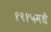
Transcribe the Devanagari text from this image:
१९१५मधे